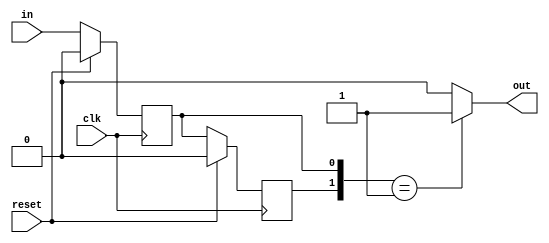
module func6(clk, reset, in, out);
    input clk, reset, in;
    output out;
    reg reg1, reg2;
    always @ (posedge clk)
        if (reset)
          begin
            reg1 <= 0; reg2 <= 0;
          end
        else
          begin
            reg2 <= reg1; reg1 <= in;
          end
    assign out = {reg2,reg1}==2'b01 ? 1 : 0;
endmodule